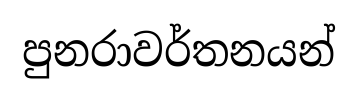
පුනරාවර්තනයන්